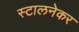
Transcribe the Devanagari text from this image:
स्टालनेकर